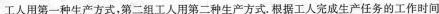
工人用第一种生产方式，第二组工人用第二种生产方式.根据工人完成生产任务的工作时间